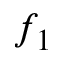
f _ { 1 }